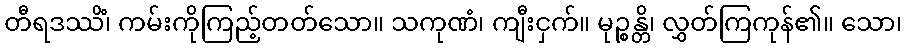
တီရဒဿိံ၊ ကမ်းကိုကြည့်တတ်သော။ သကုဏံ၊ ကျီးငှက်။ မုဉ္စန္တိ၊ လွှတ်ကြကုန်၏။ သော၊